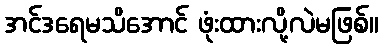
အင်ဒရေမသိအောင် ဖုံးထားလို့လဲမဖြစ်။